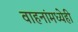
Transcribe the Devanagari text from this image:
वाहनांमध्येही